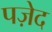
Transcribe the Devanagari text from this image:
पज़ेद